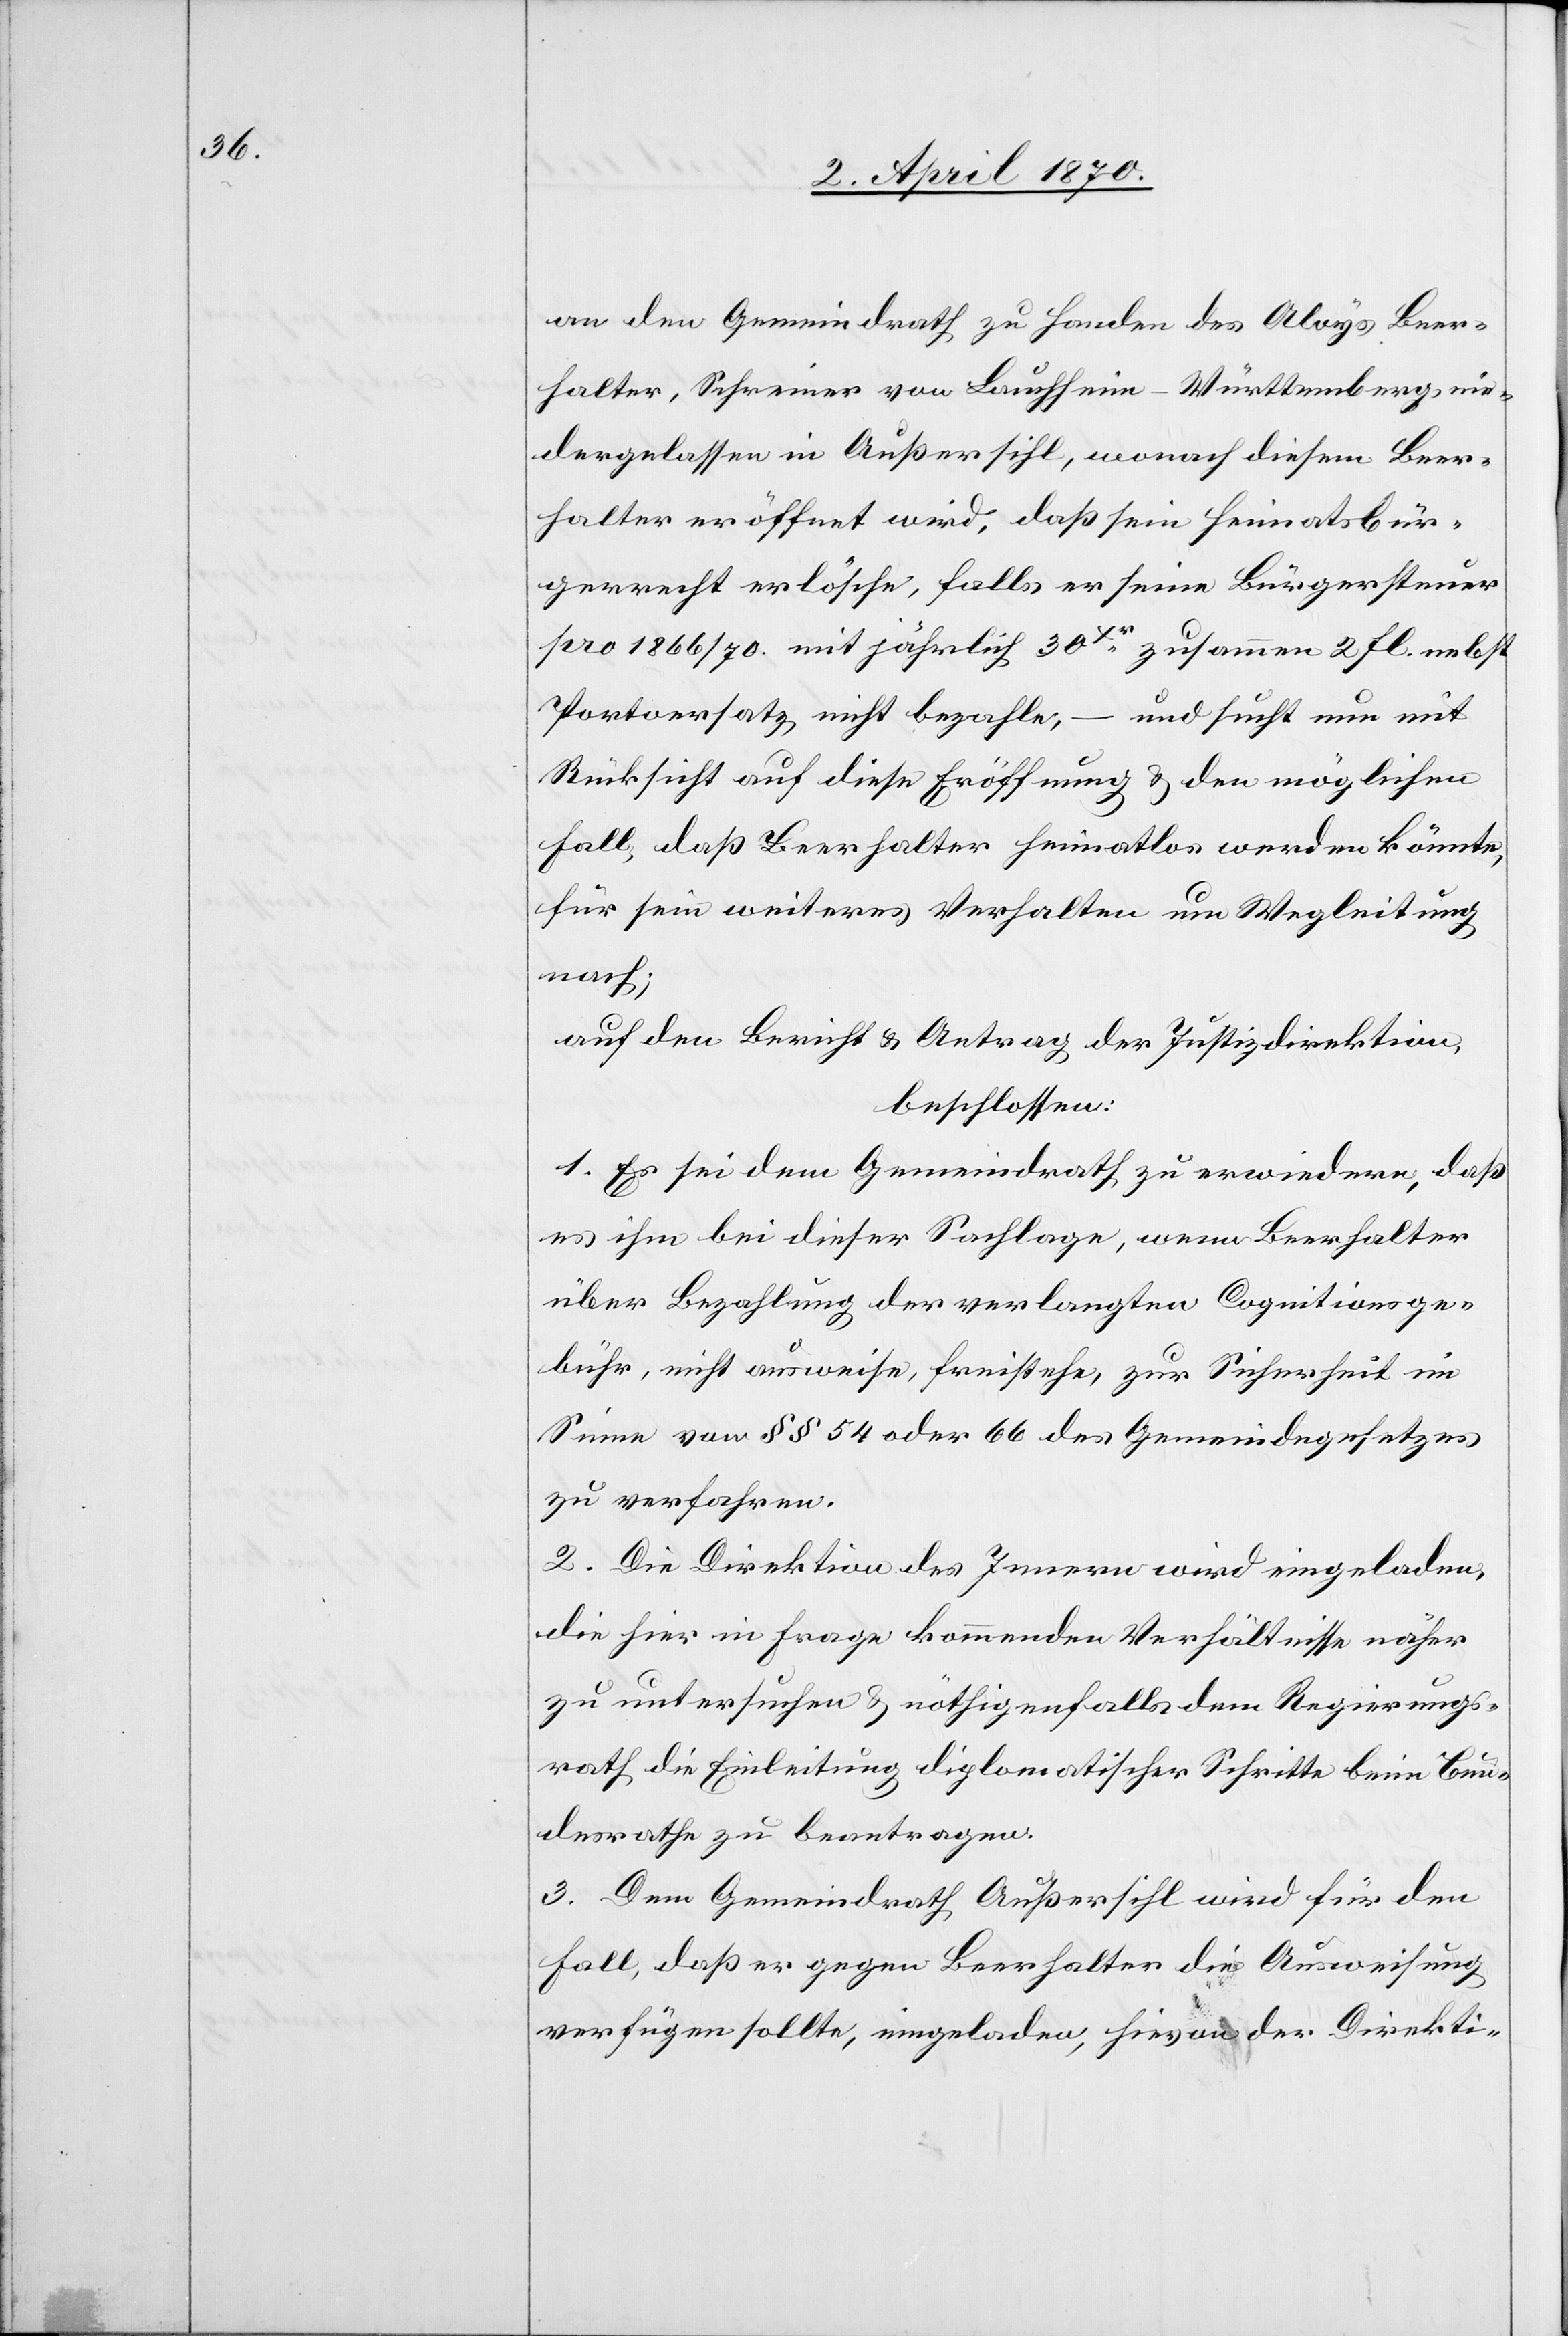
an den Gemeindrath zu Handen des Aloys Beer¬
halter, Schreiner von Lauchheim - Württemberg, nie¬
dergelassen in Außersihl, wonach diesem Beer¬
halter eröffnet wird, daß sein Heimatsbür¬
gerrecht erlösche, falls er seine Bürgersteuer
pro 1866/70 mit jährlich 30 Xr. zusammen 2 fl. nebst
Portoersatz nicht bezahle, – und sucht nun mit
Rücksicht auf diese Eröffnung & den möglichen
Fall, daß Beerhalter heimatlos werden könnte,
für sein weiteres Verhalten um Wegleitung
nach;
auf den Bericht & Antrag der Justizdirektion,
beschlossen:
1. Es sei dem Gemeindrath zu erwiedern, daß
es ihm bei dieser Sachlage, wenn Beerhalter
über Bezahlung der verlangten Cognitionsge¬
bühr, nicht ausweise, freistehe, zur Sicherheit im
Sinne von §§ 54 oder 66 des Gemeindegesetzes
zu verfahren.
2. Die Direktion des Innern wird eingeladen,
die hier in Frage kommenden Verhältnisse näher
zu untersuchen & nöthigenfalls dem Regierungs¬
rath die Einleitung diplomatischer Schritte beim Bun¬
desrathe zu beantragen.
3. Dem Gemeindrath Außersihl wird für den
Fall, daß er gegen Beerhalter die Ausweisung
verfügen sollte, eingeladen, hievon der Direkti-